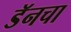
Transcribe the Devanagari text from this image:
डॅनचा